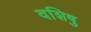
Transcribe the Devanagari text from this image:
वशिषु